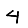
Digit: 4